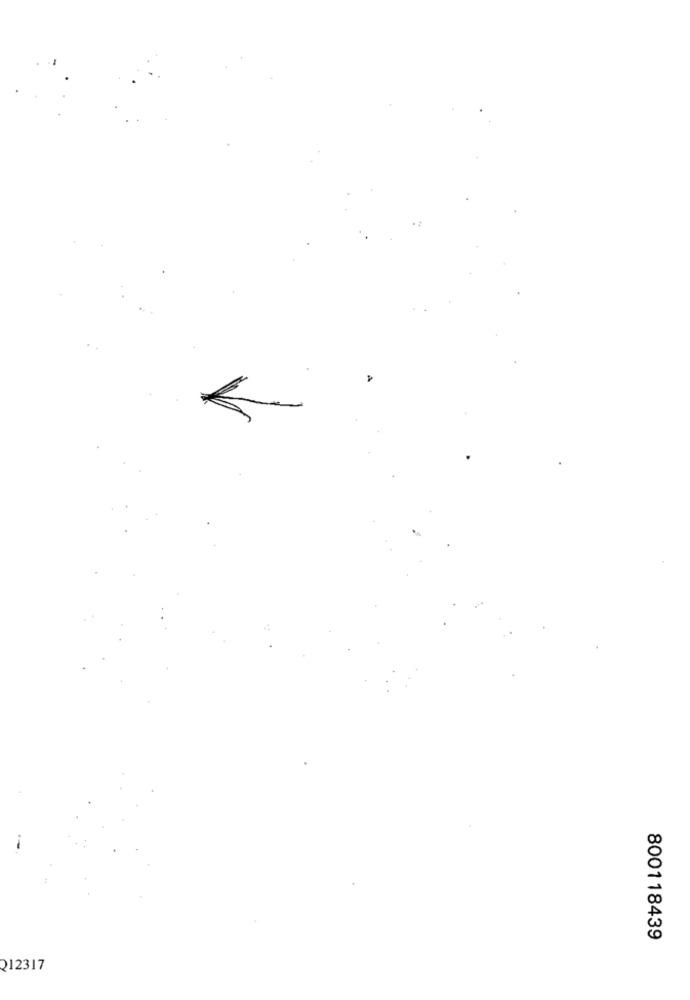
800118439
212317